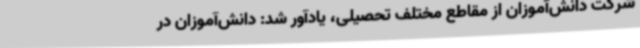
شرکت دانش‌آموزان از مقاطع مختلف تحصیلی، یادآور شد: دانش‌آموزان در